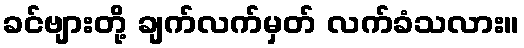
ခင်ဗျားတို့ ချက်လက်မှတ် လက်ခံသလား။